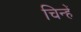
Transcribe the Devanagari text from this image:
चिन्हें